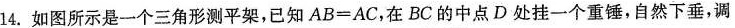
14.如图所示是一个三角形测平架，已知$$AB=AC$$，在BC的中点D处挂一个重锤，自然下垂，调